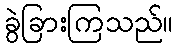
ခွဲခြားကြသည်။